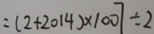
= ( 2 + 2 0 1 4 ) \times 1 0 0 7 \div 2